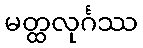
မတ္ထလုင်္ဂဿ